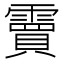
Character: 𮦭